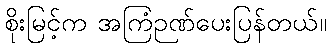
စိုးမြင့်က အကြံဉဏ်ပေးပြန်တယ်။